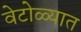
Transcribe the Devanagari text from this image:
वेटोळ्यात